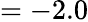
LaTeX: =-2.0